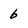
Character: 6